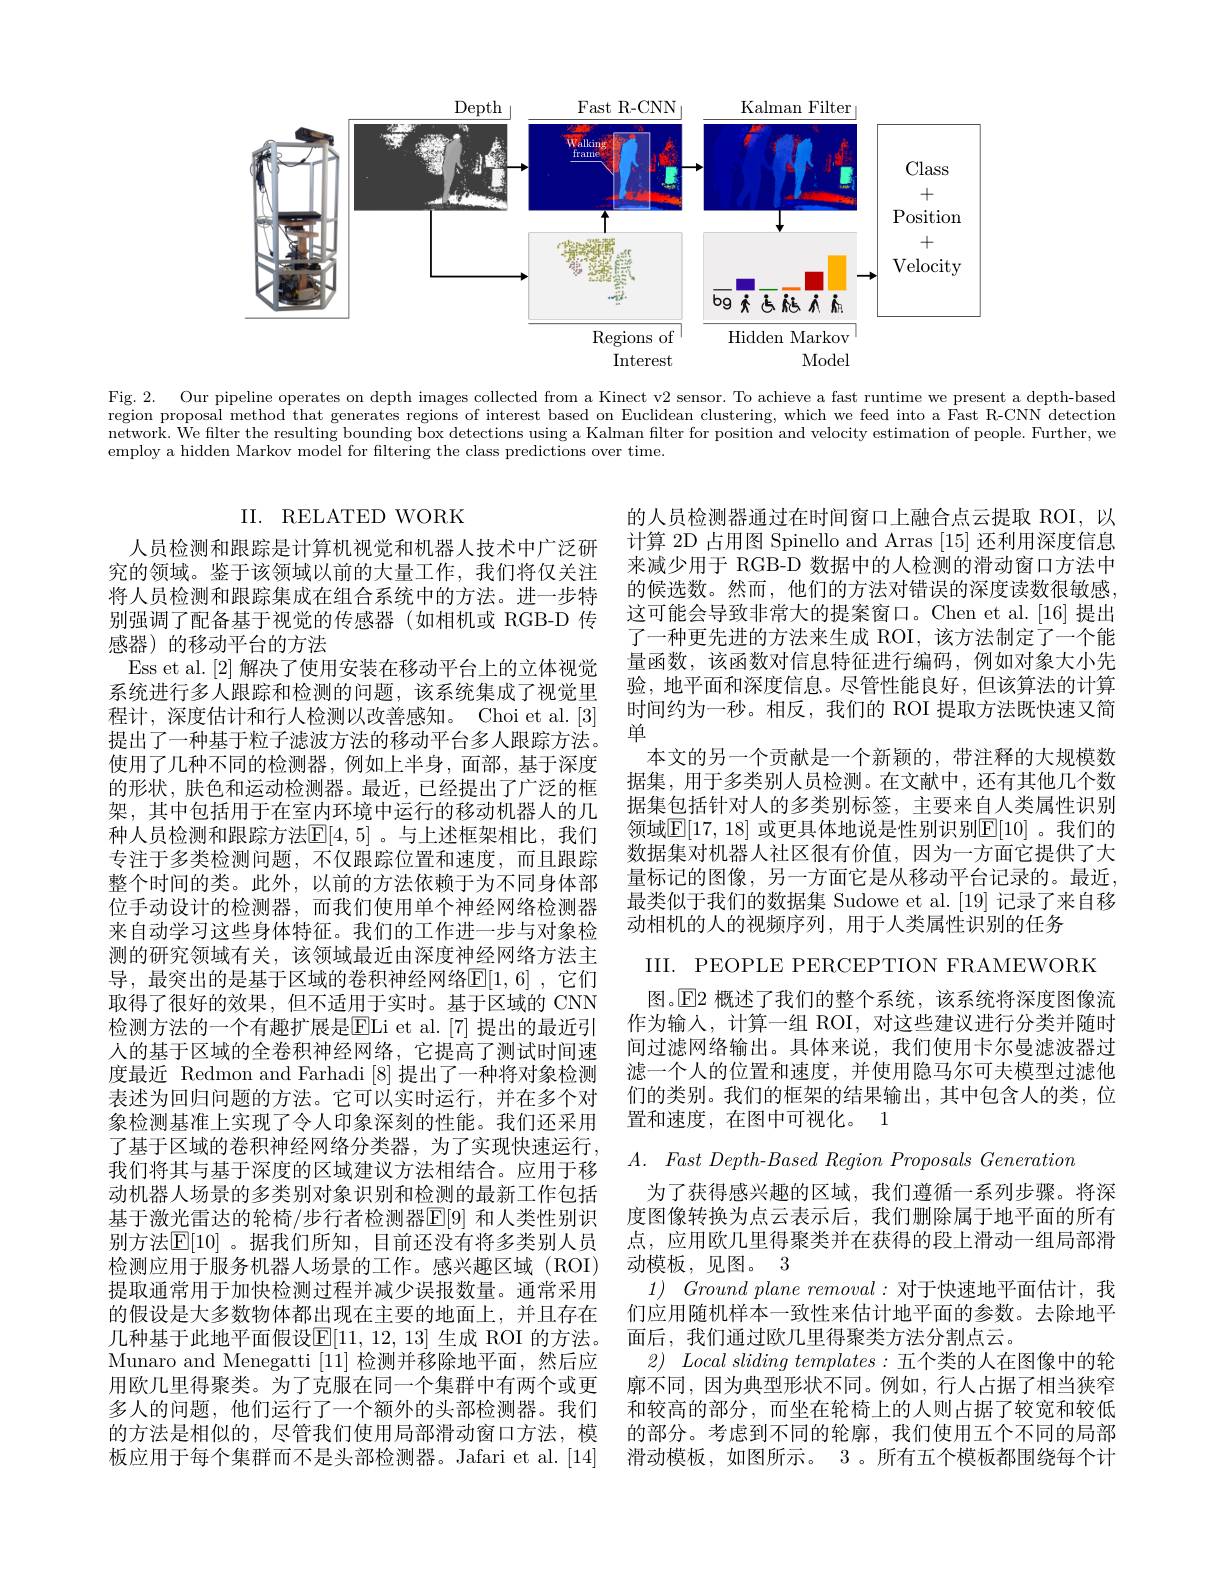
<FigureHere>

Fig. 2. Our pipeline operates on depth images collected from a Kinect v2 sensor. To achieve a fast runtime we present a depth-based region proposal method that generates regions of interest based on Euclidean clustering, which we feed into a Fast R-CNN detection network. We filter the resulting bounding box detections using a Kalman filter for position and velocity estimation of people. Further, we employ a hidden Markov model for filtering the class predictions over time.

## II. RELATED WORK

的人员检测器通过在时间窗口上融合点云提取 ROI,以计算 2D 占用图 Spinello and Arras [15]还利用深度信息来减少用于 RGB-D 数据中的人检测的滑动窗口方法中的候选数。然而，他们的方法对错误的深度读数很敏感这可能会导致非常大的提案窗口。Chen et al.[16] 提出了一种更先进的方法来生成 ROI,该方法制定了一个能量函数，该函数对信息特征进行编码，例如对象大小先验，地平面和深度信息。尽管性能良好，但该算法的计算时间约为一秒。相反，我们的 ROI 提取方法既快速又简单
本文的另一个贡献是一个新颖的，带注释的大规模数据集，用于多类别人员检测。在文献中，还有其他几个数据集包括针对人的多类别标签，主要来自人类属性识别领域$\mathbb{E}[17,18]$ 或更具体地说是性别识别$\mathbb{E}[10]$ 。我们的数据集对机器人社区很有价值，因为一方面它提供了大量标记的图像，另一方面它是从移动平台记录的。最近最类似于我们的数据集 Sudowe et al.[19] 记录了来自移动相机的人的视频序列，用于人类属性识别的任务
III. PEOPLE PERCEPTION FRAMEWORK
图。$\operatorname{E}$2 概述了我们的整个系统，该系统将深度图像流作为输入，计算一组 ROI, 对这些建议进行分类并随时间过滤网络输出。具体来说，我们使用卡尔曼滤波器过滤一个人的位置和速度，并使用隐马尔可夫模型过滤他们的类别。我们的框架的结果输出，其中包含人的类，位置和速度，在图中可视化。1
$A.$ Fast $Depth- Based$ Region Proposals Generation

人员检测和跟踪是计算机视觉和机器人技术中广泛研究的领域。鉴于该领域以前的大量工作，我们将仅关注将人员检测和跟踪集成在组合系统中的方法。进一步特别强调了配备基于视觉的传感器(如相机或 RGB-D 传感器)的移动平台的方法
Ess et al. [2]解决了使用安装在移动平台上的立体视觉系统进行多人跟踪和检测的问题，该系统集成了视觉里程计，深度估计和行人检测以改善感知。Choi et al.[3] 提出了一种基于粒子滤波方法的移动平台多人跟踪方法。使用了几种不同的检测器，例如上半身，面部，基于深度的形状，肤色和运动检测器。最近，已经提出了广泛的框架，其中包括用于在室内环境中运行的移动机器人的几种人员检测和跟踪方法$\mathbb{E}[4,5]$。与上述框架相比，我们专注于多类检测问题，不仅跟踪位置和速度，而且跟踪整个时间的类。此外，以前的方法依赖于为不同身体部位手动设计的检测器，而我们使用单个神经网络检测器来自动学习这些身体特征。我们的工作进一步与对象检测的研究领域有关，该领域最近由深度神经网络方法主导，最突出的是基于区域的卷积神经网络E[1,6] ,它们取得了很好的效果，但不适用于实时。基于区域的 CNN 检测方法的一个有趣扩展是ELi et al. [ 7] 提出的最近引人的基于区域的全卷积神经网络，它提高了测试时间速度最近 Redmon and Farhadi [8]提出了一种将对象检测表述为回归问题的方法。它可以实时运行，并在多个对象检测基准上实现了令人印象深刻的性能。我们还采用了基于区域的卷积神经网络分类器，为了实现快速运行， 我们将其与基于深度的区域建议方法相结合。应用于移动机器人场景的多类别对象识别和检测的最新工作包括基于激光雷达的轮椅/步行者检测器$\mathbb{E}[9]$ 和人类性别识别方法$\mathbb{E}[10]$ 。据我们所知，目前还没有将多类别人员检测应用于服务机器人场景的工作。感兴趣区域(ROI) 提取通常用于加快检测过程并减少误报数量。通常采用的假设是大多数物体都出现在主要的地面上，并且存在几种基于此地平面假设$\mathbb{E}[11,12,13]$ 生成 ROI 的方法。Munaro and Menegatti [11]检测并移除地平面，然后应用欧几里得聚类。为了克服在同一个集群中有两个或更多人的问题，他们运行了一个额外的头部检测器。我们的方法是相似的，尽管我们使用局部滑动窗口方法，模板应用于每个集群而不是头部检测器。Jafari et al.[14]

为了获得感兴趣的区域，我们遵循一系列步骤。将深度图像转换为点云表示后，我们删除属于地平面的所有点，应用欧几里得聚类并在获得的段上滑动一组局部滑动模板，见图。3
1) Ground plane removal:对于快速地平面估计，我们应用随机样本一致性来估计地平面的参数。去除地平面后，我们通过欧几里得聚类方法分割点云。
2) Local sliding $templates:$五个类的人在图像中的轮廓不同，因为典型形状不同。例如，行人占据了相当狭窄和较高的部分，而坐在轮椅上的人则占据了较宽和较低的部分。考虑到不同的轮廓，我们使用五个不同的局部滑动模板，如图所示。3 。所有五个模板都围绕每个计